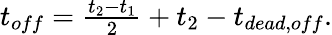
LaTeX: \begin{array}{r}{t_{off}=\frac{t_{2}-t_{1}}{2}+t_{2}-t_{dead,off}.}\end{array}